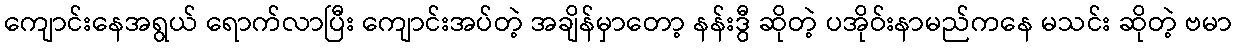
ကျောင်းနေအရွယ် ရောက်လာပြီး ကျောင်းအပ်တဲ့ အချိန်မှာတော့ နန်းဒွီ ဆိုတဲ့ ပအိုဝ်းနာမည်ကနေ မသင်း ဆိုတဲ့ ဗမာ